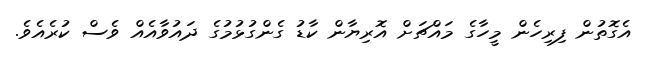
އެގޮތުން ފިރިހެން މީހާގެ މައްޗަށް އޮރިޔާން ކާޑު ގެންގުޅުމުގެ ދައުވާއެއް ވެސް ކުރެއެވެ.